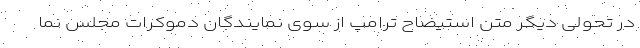
در تحولی دیگر متن استیضاح ترامپ از سوی نمایندگان دموکرات مجلس نما